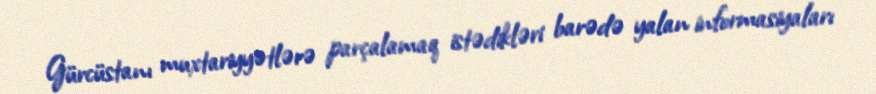
Gürcüstanı muxtariyyətlərə parçalamaq istədikləri barədə yalan informasiyaları